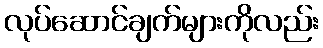
လုပ်ဆောင်ချက်များကိုလည်း